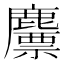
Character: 䴩